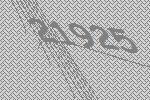
21925